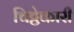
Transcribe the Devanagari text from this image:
चिट्ठेकारी